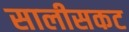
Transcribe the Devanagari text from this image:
सालीसकट